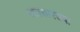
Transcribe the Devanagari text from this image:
पटासारख्या